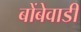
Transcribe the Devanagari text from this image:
बोंबेवाडी